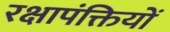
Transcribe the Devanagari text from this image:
रक्षापंक्तियों